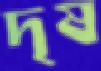
দৃষ